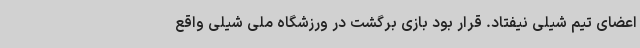
اعضای تیم شیلی نیفتاد. قرار بود بازی برگشت در ورزشگاه ملی شیلی واقع